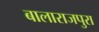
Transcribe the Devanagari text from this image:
बालाराजपुरा